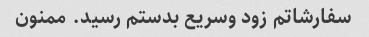
سفارشاتم زود وسریع بدستم رسید. ممنون